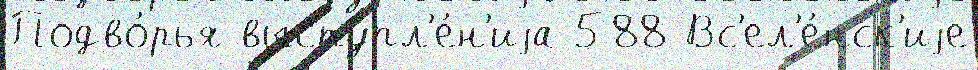
Подво́рья выступл'е́н'иjа 588 Вс'ел'е́нск'иjе